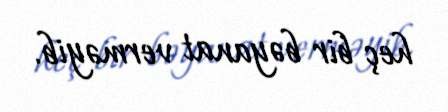
heç bir bəyanat verməyib.